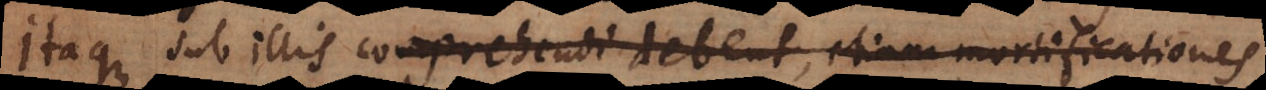
Itaque sub illis comprehendi debent, etiam mortificationes